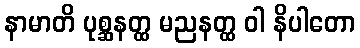
နာမာတိ ပုစ္ဆနတ္ထ မညနတ္ထ ဝါ နိပါတော